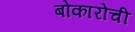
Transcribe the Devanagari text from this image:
बोकारोची